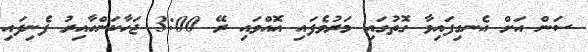
ސަން އަށް އެނގިފައިވާ ގޮތުގައި މަރުވެފައި އޮއްވައި ރޭ 3:00 ޖަހާކަންހާއިރު ފެނިފައި